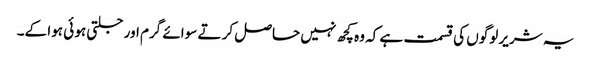
یہ شریر لوگوں کی قسمت ہے کہ وہ کچھ نہیں حاصل کر تے سوائے گرم اور جلتی ہو ئی ہوا کے۔